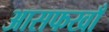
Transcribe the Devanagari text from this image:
आसफखाँ